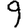
Digit: 9